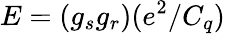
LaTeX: E=(g_{s}g_{r})(e^{2}/C_{q})